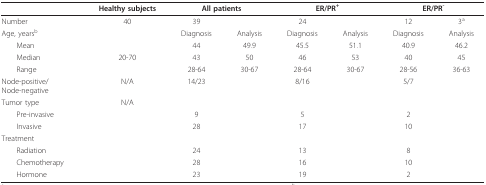
<table><thead><tr><td></td><td><b>Healthy subjects</b></td><td colspan="2"><b>All patients</b></td><td colspan="2"><b>ER/PR<sup>+</sup></b></td><td colspan="2"><b>ER/PR<sup>-</sup></b></td></tr></thead><tbody><tr><td>Number</td><td>40</td><td>39</td><td></td><td>24</td><td></td><td>12</td><td>3<sup>a</sup></td></tr><tr><td>Age, years<sup>b</sup></td><td></td><td>Diagnosis</td><td>Analysis</td><td>Diagnosis</td><td>Analysis</td><td>Diagnosis</td><td>Analysis</td></tr><tr><td> Mean</td><td></td><td>44</td><td>49.9</td><td>45.5</td><td>51.1</td><td>40.9</td><td>46.2</td></tr><tr><td> Median</td><td>20-70</td><td>43</td><td>50</td><td>46</td><td>53</td><td>40</td><td>45</td></tr><tr><td> Range</td><td></td><td>28-64</td><td>30-67</td><td>28-64</td><td>30-67</td><td>28-56</td><td>36-63</td></tr><tr><td>Node-positive/Node-negative</td><td>N/A</td><td>14/23</td><td></td><td>8/16</td><td></td><td>5/7</td><td></td></tr><tr><td>Tumor type</td><td>N/A</td><td></td><td></td><td></td><td></td><td></td><td></td></tr><tr><td> Pre-invasive</td><td></td><td>9</td><td></td><td>5</td><td></td><td>2</td><td></td></tr><tr><td> Invasive</td><td></td><td>28</td><td></td><td>17</td><td></td><td>10</td><td></td></tr><tr><td>Treatment</td><td></td><td></td><td></td><td></td><td></td><td></td><td></td></tr><tr><td> Radiation</td><td></td><td>24</td><td></td><td>13</td><td></td><td>8</td><td></td></tr><tr><td> Chemotherapy</td><td></td><td>28</td><td></td><td>16</td><td></td><td>10</td><td></td></tr><tr><td> Hormone</td><td></td><td>23</td><td></td><td>19</td><td></td><td>2</td><td></td></tr></tbody></table>